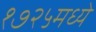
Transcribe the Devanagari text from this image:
१७२५मध्ये